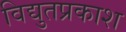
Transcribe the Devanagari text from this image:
विद्युतप्रकाश